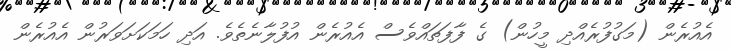
އެއުރެން (މަގުފުރެއްދި މީހުން) ގެ ފާފަތައްވެސް އެއުރެން އުފުލާނެތެވެ. އަދި ހަމަކަށަވަރުން އެއުރެން